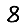
Digit: 8